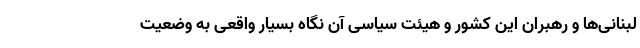
لبنانی‌ها و رهبران این کشور و هیئت سیاسی آن نگاه بسیار واقعی به وضعیت